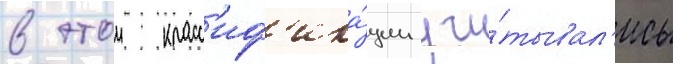
в этои класс'иф'ика́ции учи́тывал'ись